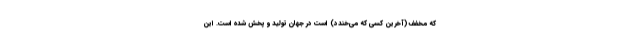
که مخفف (آخرین کسی که می‌خندد) است در جهان تولید و پخش شده است. این